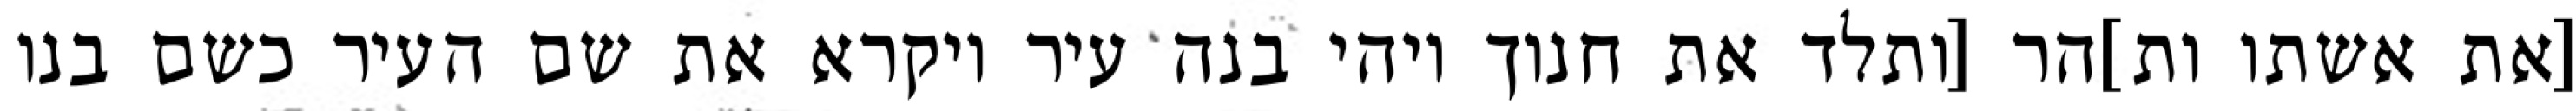
[את אשתו ות]הר [ותלד את חנוך ויהי בנה עיר ויקרא את שם העיר כשם בנו